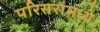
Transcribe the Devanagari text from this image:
परिसरांमध्ये